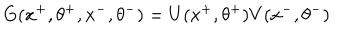
LaTeX: G ( x ^ { + } , \theta ^ { + } , x ^ { - } , \theta ^ { - } ) = U ( x ^ { + } , \theta ^ { + } ) V ( x ^ { - } , \theta ^ { - } )